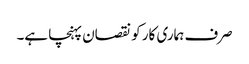
صرف ہماری کار کو نقصان پہنچا ہے۔